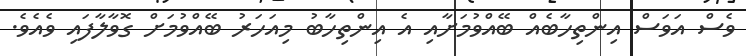
ވެސް އަވަސް އިންތިހާބެއް ބޭއްވުމަށާއި އެ އިންތިހާބު މިއަހަރު ބޭއްވުމަށް ގޮވާލާފައި ވެއެވެ.